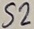
Text: S2